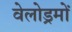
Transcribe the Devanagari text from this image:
वेलोड्रमों